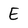
Character: E